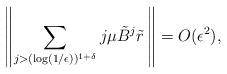
LaTeX: \begin{align*}\left\| \sum_{j> (\log(1/\epsilon))^{1+\delta}} j\mu\tilde{B}^j \tilde{r}\,\right\| = O(\epsilon^2) ,\end{align*}